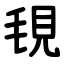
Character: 覒